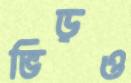
ভিড়ও